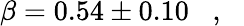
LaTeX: \beta=0.54\pm 0.10\, \, \, \, \, ,\, \, \, \, \,